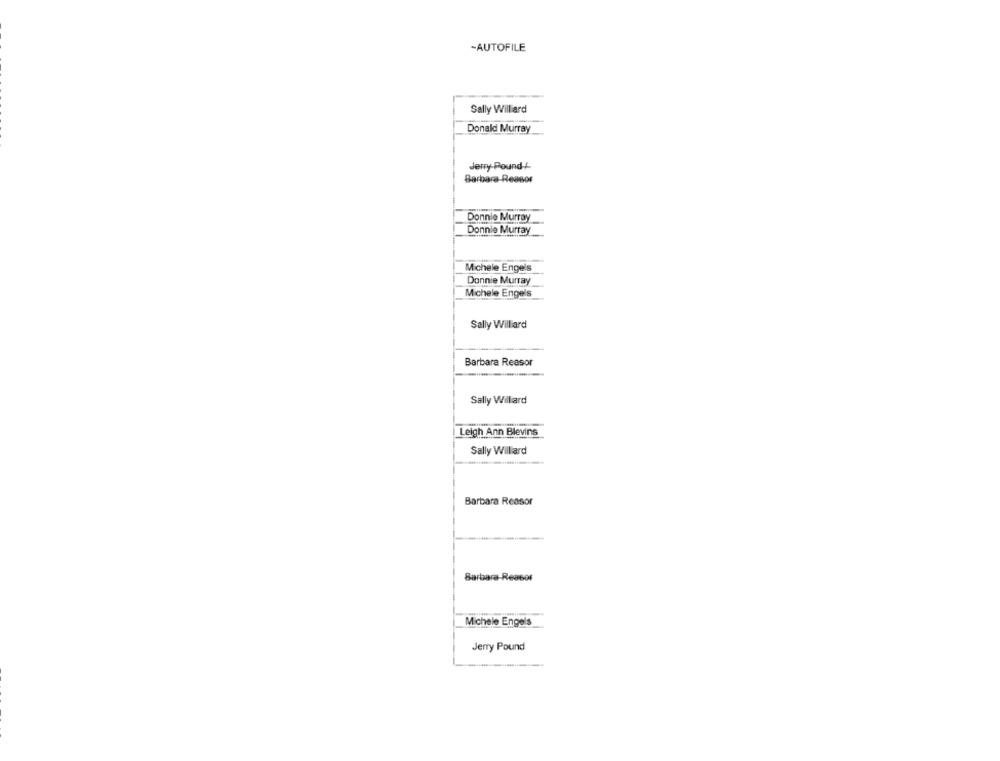
-AUTOFILE
Sally Williard
Donald Murray
Jerry-Pound /
Barbara-Reasor
Donnie Murray
Donnie Murray
Michele Engels
Donnie Murray
Michele Engels
Sally Willard
Barbara Reasor
Sally Willard
Leigh Ann Blevins
Sally Williard
Barbara Reasor
Barbara-Reasor
Michele Engels
Jerry Pound